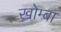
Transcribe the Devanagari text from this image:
खोम्बा